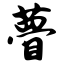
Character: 瞢